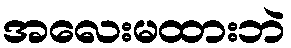
အလေးမထားဘဲ